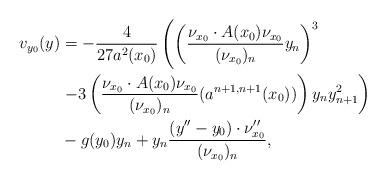
LaTeX: \begin{align*}v_{y_0}(y) &=- \frac{4}{27 a^2(x_0)}\left( \left(\frac{\nu_{x_0}\cdot A(x_0)\nu_{x_0}}{(\nu_{x_0})_n} y_n \right)^3 \right.\\& \left. - 3 \left( \frac{\nu_{x_0}\cdot A(x_0)\nu_{x_0}}{(\nu_{x_0})_n} (a^{n+1,n+1}(x_0)) \right) y_ny_{n+1}^2 \right)\\&-g(y_0)y_n + y_{n}\frac{(y''-y_0)\cdot \nu_{x_0}''}{(\nu_{x_0})_n},\end{align*}